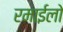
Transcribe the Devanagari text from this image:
रमाईलो